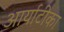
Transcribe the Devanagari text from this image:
आर्याटीका